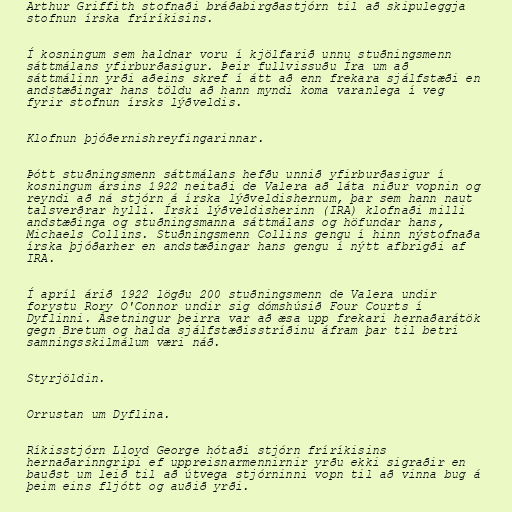
Arthur Griffith stofnaði bráðabirgðastjórn til að skipuleggja
stofnun írska fríríkisins.

Í kosningum sem haldnar voru í kjölfarið unnu stuðningsmenn
sáttmálans yfirburðasigur. Þeir fullvissuðu Íra um að
sáttmálinn yrði aðeins skref í átt að enn frekara sjálfstæði en
andstæðingar hans töldu að hann myndi koma varanlega í veg
fyrir stofnun írsks lýðveldis.

Klofnun þjóðernishreyfingarinnar.

Þótt stuðningsmenn sáttmálans hefðu unnið yfirburðasigur í
kosningum ársins 1922 neitaði de Valera að láta niður vopnin og
reyndi að ná stjórn á írska lýðveldishernum, þar sem hann naut
talsverðrar hylli. Írski lýðveldisherinn (IRA) klofnaði milli
andstæðinga og stuðningsmanna sáttmálans og höfundar hans,
Michaels Collins. Stuðningsmenn Collins gengu í hinn nýstofnaða
írska þjóðarher en andstæðingar hans gengu í nýtt afbrigði af
IRA.

Í apríl árið 1922 lögðu 200 stuðningsmenn de Valera undir
forystu Rory O'Connor undir sig dómshúsið Four Courts í
Dyflinni. Ásetningur þeirra var að æsa upp frekari hernaðarátök
gegn Bretum og halda sjálfstæðisstríðinu áfram þar til betri
samningsskilmálum væri náð.

Styrjöldin.

Orrustan um Dyflina.

Ríkisstjórn Lloyd George hótaði stjórn fríríkisins
hernaðarinngripi ef uppreisnarmennirnir yrðu ekki sigraðir en
bauðst um leið til að útvega stjórninni vopn til að vinna bug á
þeim eins fljótt og auðið yrði.